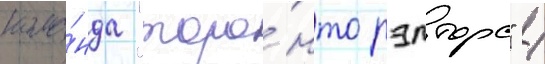
кома́нда "торо́нто рэпторс" /